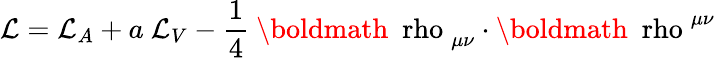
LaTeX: {\cal{L}}={\cal{L}}_{A}+a~{\cal{L}}_{V}-\frac{1}{4}~\mathrm{\boldmath~\ rho~}_{\mu\nu}\cdot\mathrm{\boldmath~\ rho~}^{\mu\nu}